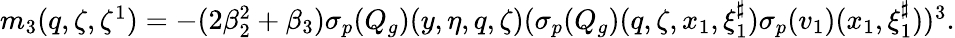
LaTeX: \begin{array}{r}{m_{3}(q,\zeta,\zeta^{1})=-(2\beta_{2}^{2}+\beta_{3}){{\sigma_{p}}}(Q_{g})(y,\eta,q,\zeta)({{\sigma_{p}}}(Q_{g})(q,\zeta,x_{1},\xi_{1}^{\sharp})\sigma_{{p}}(v_{1})(x_{1},\xi_{1}^{\sharp}))^{3}.}\end{array}